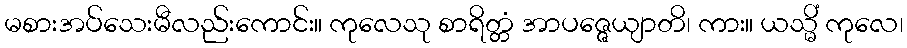
မစားအပ်သေးမီလည်းကောင်း။ ကုလေသု စာရိတ္တံ အာပဇ္ဇေယျာတိ၊ ကား။ ယသ္မိံ ကုလေ၊